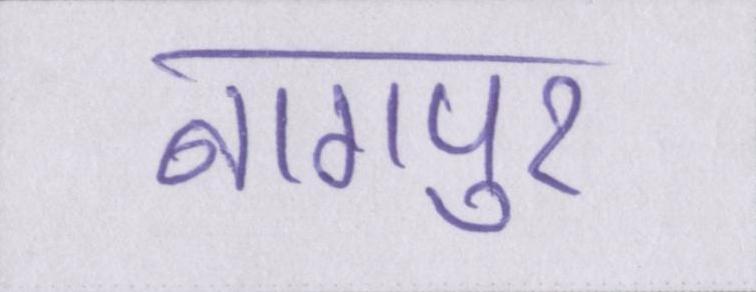
नागपुर